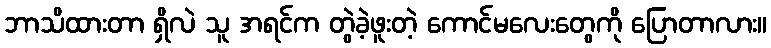
ဘာသိထားတာ ရှိလဲ သူ အရင်က တွဲခဲ့ဖူးတဲ့ ကောင်မလေးတွေကို ပြောတာလား။